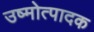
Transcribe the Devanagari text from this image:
उष्मोत्पादक